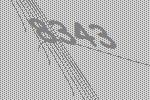
8343